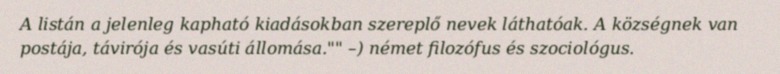
A listán a jelenleg kapható kiadásokban szereplő nevek láthatóak. A községnek van postája, távirója és vasúti állomása."" –) német filozófus és szociológus.